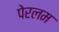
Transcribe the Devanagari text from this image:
पेरलम